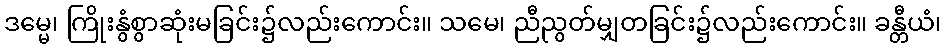
ဒမ္မေ၊ ကြိုးနွံစွာဆုံးမခြင်း၌လည်းကောင်း။ သမေ၊ ညီညွတ်မျှတခြင်း၌လည်းကောင်း။ ခန္တီယံ၊